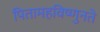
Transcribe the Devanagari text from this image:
पितामहविष्णुनते